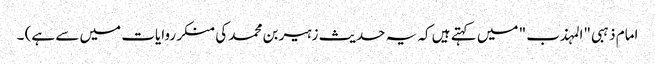
امام ذہبی "المہذب " میں کہتے ہیں کہ یہ حدیث زہیر بن محمد کی منکر روایات میں سے ہے) ۔